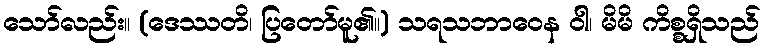
သော်လည်း။ (ဒေဿတိ၊ ပြတော်မူ၏။) သရသဘာဝေန ဝါ၊ မိမိ ကိစ္စရှိသည်